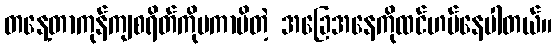
တနေ့တာကုန်ကျစရိတ်ကိုမကာမိတဲ့ အခြေအနေကိုထင်ဟပ်နေပါတယ်။